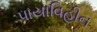
પાયાવિહીન